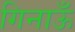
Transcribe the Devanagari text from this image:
गिनाऊँ